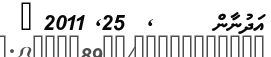
އަދުނާން